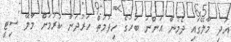
އަދި މާލޭގައި ދެމުން އަންނަ ބަހުގެ ހިދުމަތް ހަރުދަނާ ކުރުމަށް މާލޭ ސިޓީ